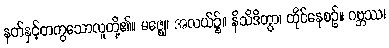
နတ်နှင့်တကွသောလူတို့၏။ မဇ္ဈေ၊ အလယ်၌။ နိသိဒိတွာ၊ ထိုင်နေစဉ်။ ဂဗ္ဘဿ၊